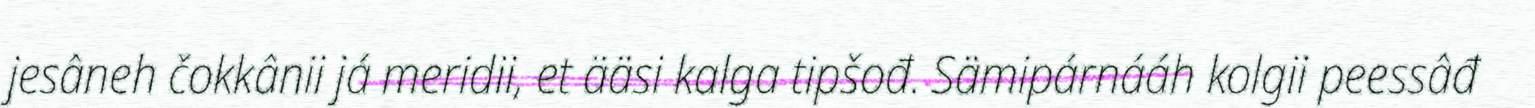
jesâneh čokkânii já meridii, et ääsi kalga tipšođ. Sämipárnááh kolgii peessâđ